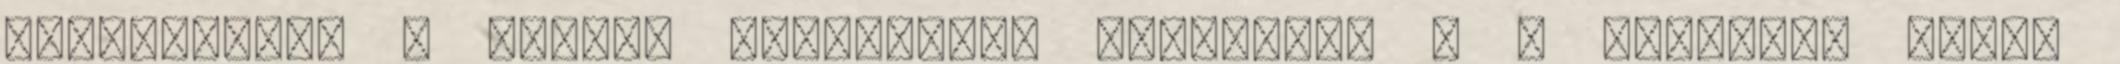
Éjszakáján. A Magyar Innovációs Szövetség K F tagozata soron